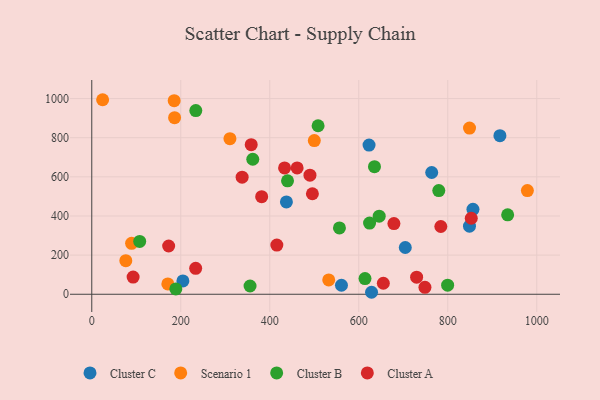
{"axis": {"x": "Price", "y": "Fuel Efficiency"}, "legend": ["Cluster A", "Cluster B", "Cluster C", "Scenario 1"], "data": [{"x": "628.7", "y": 10.1, "type": "Cluster C"}, {"x": "204.8", "y": 68.2, "type": "Cluster C"}, {"x": "561.1", "y": 46.0, "type": "Cluster C"}, {"x": "856.6", "y": 434.2, "type": "Cluster C"}, {"x": "623.1", "y": 762.3, "type": "Cluster C"}, {"x": "437.4", "y": 472.0, "type": "Cluster C"}, {"x": "704.5", "y": 239.0, "type": "Cluster C"}, {"x": "848.8", "y": 347.7, "type": "Cluster C"}, {"x": "917.2", "y": 810.4, "type": "Cluster C"}, {"x": "763.9", "y": 622.1, "type": "Cluster C"}, {"x": "89.5", "y": 260.4, "type": "Scenario 1"}, {"x": "978.9", "y": 529.9, "type": "Scenario 1"}, {"x": "500.1", "y": 785.5, "type": "Scenario 1"}, {"x": "532.5", "y": 73.3, "type": "Scenario 1"}, {"x": "186.1", "y": 902.6, "type": "Scenario 1"}, {"x": "848.9", "y": 849.0, "type": "Scenario 1"}, {"x": "24.4", "y": 994.1, "type": "Scenario 1"}, {"x": "185.2", "y": 989.2, "type": "Scenario 1"}, {"x": "310.5", "y": 795.3, "type": "Scenario 1"}, {"x": "76.5", "y": 171.8, "type": "Scenario 1"}, {"x": "170.9", "y": 52.7, "type": "Scenario 1"}, {"x": "508.6", "y": 861.2, "type": "Cluster B"}, {"x": "614.0", "y": 80.2, "type": "Cluster B"}, {"x": "233.8", "y": 938.6, "type": "Cluster B"}, {"x": "779.8", "y": 529.8, "type": "Cluster B"}, {"x": "355.7", "y": 42.1, "type": "Cluster B"}, {"x": "624.3", "y": 363.9, "type": "Cluster B"}, {"x": "107.7", "y": 269.8, "type": "Cluster B"}, {"x": "645.9", "y": 399.0, "type": "Cluster B"}, {"x": "439.9", "y": 579.6, "type": "Cluster B"}, {"x": "799.7", "y": 46.4, "type": "Cluster B"}, {"x": "188.9", "y": 27.0, "type": "Cluster B"}, {"x": "556.6", "y": 339.2, "type": "Cluster B"}, {"x": "635.3", "y": 651.8, "type": "Cluster B"}, {"x": "361.8", "y": 689.9, "type": "Cluster B"}, {"x": "934.6", "y": 405.7, "type": "Cluster B"}, {"x": "495.8", "y": 513.7, "type": "Cluster A"}, {"x": "233.5", "y": 132.6, "type": "Cluster A"}, {"x": "415.9", "y": 251.2, "type": "Cluster A"}, {"x": "490.3", "y": 608.5, "type": "Cluster A"}, {"x": "655.2", "y": 56.3, "type": "Cluster A"}, {"x": "433.3", "y": 645.5, "type": "Cluster A"}, {"x": "461.5", "y": 645.8, "type": "Cluster A"}, {"x": "337.9", "y": 598.4, "type": "Cluster A"}, {"x": "730.0", "y": 87.3, "type": "Cluster A"}, {"x": "748.7", "y": 35.4, "type": "Cluster A"}, {"x": "679.0", "y": 361.1, "type": "Cluster A"}, {"x": "172.8", "y": 246.5, "type": "Cluster A"}, {"x": "784.4", "y": 346.3, "type": "Cluster A"}, {"x": "381.8", "y": 498.5, "type": "Cluster A"}, {"x": "92.9", "y": 88.0, "type": "Cluster A"}, {"x": "358.3", "y": 764.4, "type": "Cluster A"}, {"x": "852.8", "y": 388.5, "type": "Cluster A"}]}